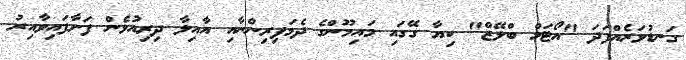
ގަނޑުވަރެއްފަދަ "އޯޓަމް ބްލޭޒް" ކިޔާ ގޭގައި މައިމޫންގެ ދެމަފިރިންނާއި އާއިލާ ދިރިއުޅެން ފަށާފައިވާއިރު